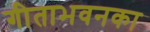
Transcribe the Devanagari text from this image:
गीताभवनका